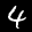
Label: 4